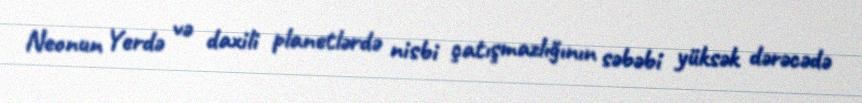
Neonun Yerdə və daxili planetlərdə nisbi çatışmazlığının səbəbi yüksək dərəcədə